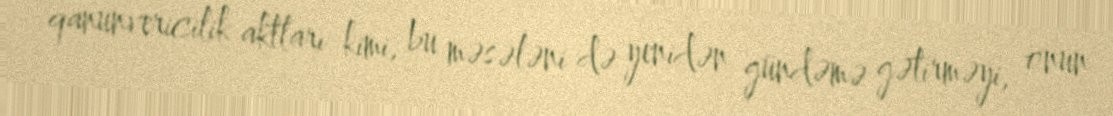
qanunvericilik aktları kimi, bu məsələni də yenidən gündəmə gətirməyi, onun